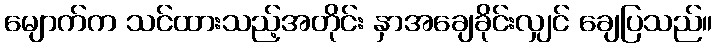
မျောက်က သင်ထားသည့်အတိုင်း နှာအချေခိုင်းလျှင် ချေပြသည်။